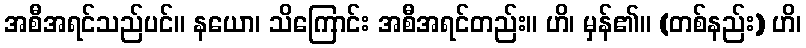
အစီအရင်သည်ပင်။ နယော၊ သိကြောင်း အစီအရင်တည်း။ ဟိ၊ မှန်၏။ (တစ်နည်း) ဟိ၊